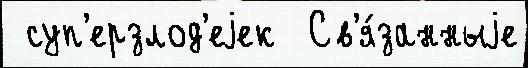
 суп'ерзлод'еjек  Св'я́занныjе